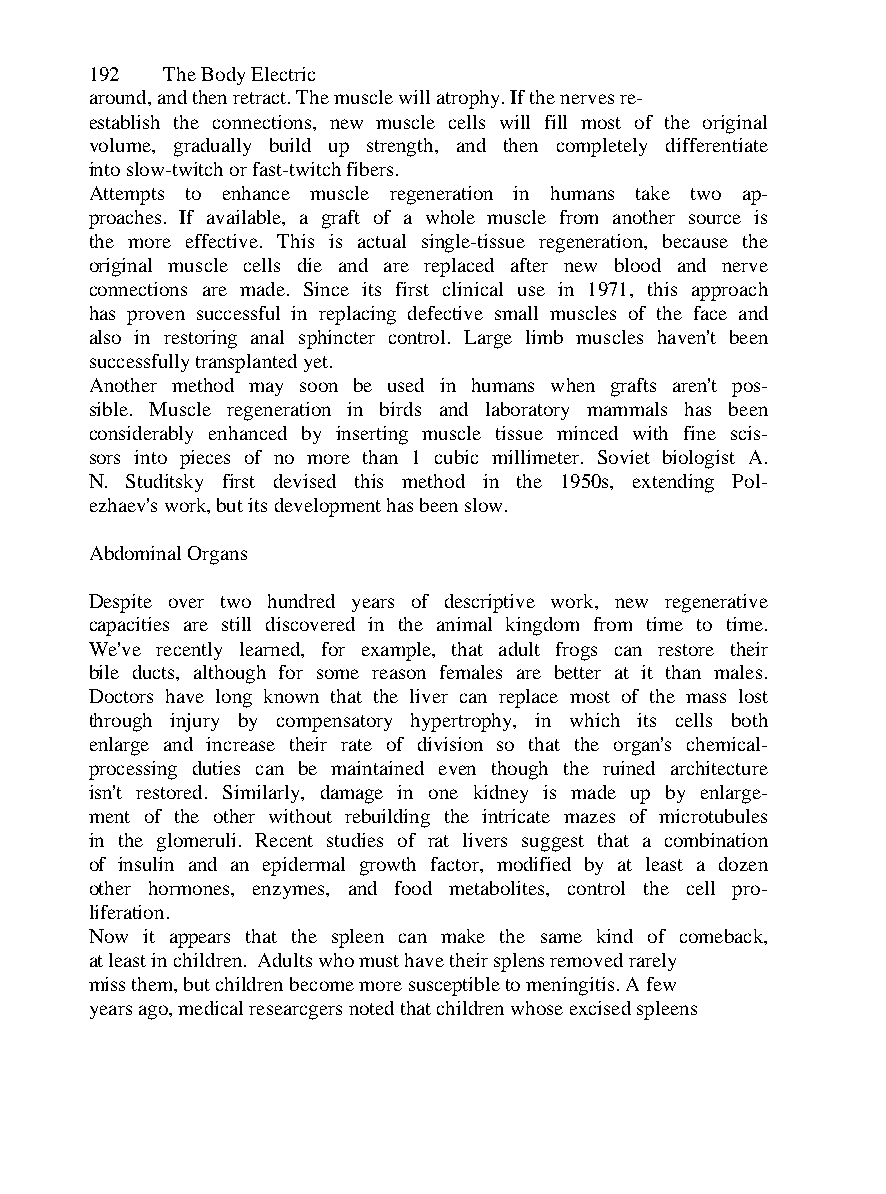
192  The Body Electric
 around, and then retract. The muscle will atrophy. If the nerves re-
 establish the connections, new muscle cells will fill most of the original
 volume, gradually build up strength, and then completely differentiate
 into slow-twitch or fast-twitch fibers.
 Attempts to enhance muscle regeneration in humans take two ap-
 proaches. If available, a graft of a whole muscle from another source is
 the more effective. This is actual single-tissue regeneration, because the
 original muscle cells die and are replaced after new blood and nerve
 connections are made. Since its first clinical use in 1971, this approach
 has proven successful in replacing defective small muscles of the face and
 also in restoring anal sphincter control. Large limb muscles haven't been
 successfully transplanted yet.
 Another method may soon be used in humans when grafts aren't pos-
 sible. Muscle regeneration in birds and laboratory mammals has been
 considerably enhanced by inserting muscle tissue minced with fine scis-
 sors into pieces of no more than 1 cubic millimeter. Soviet biologist A.
 N. Studitsky first devised this method in the 1950s, extending Pol-
 ezhaev's work, but its development has been slow.
 Abdominal Organs
 Despite over two hundred years of descriptive work, new regenerative
 capacities are still discovered in the animal kingdom from time to time.
 We've recently learned, for example, that adult frogs can restore their
 bile ducts, although for some reason females are better at it than males.
 Doctors have long known that the liver can replace most of the mass lost
 through injury by compensatory hypertrophy, in which its cells both
 enlarge and increase their rate of division so that the organ's chemical-
 processing duties can be maintained even though the ruined architecture
 isn't restored. Similarly, damage in one kidney is made up by enlarge-
 ment of the other without rebuilding the intricate mazes of microtubules
 in the glomeruli. Recent studies of rat livers suggest that a combination
 of insulin and an epidermal growth factor, modified by at least a dozen
 other hormones, enzymes, and food metabolites, control the cell pro-
 liferation.
 Now it appears that the spleen can make the same kind of comeback,
 at least in children. Adults who must have their splens removed rarely
 miss them, but children become more susceptible to meningitis. A few
 years ago, medical researcgers noted that children whose excised spleens